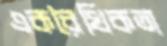
একরৈখিকতা